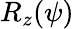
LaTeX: R_{z}(\psi)